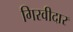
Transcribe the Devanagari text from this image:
गिरवीदार